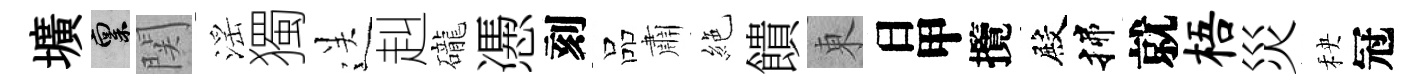
壙禀関滛獨送赳礲慿刻品肅絶饋東日甲攬殿揲就梧災秧冠